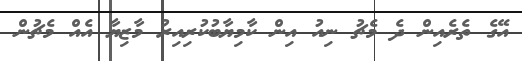
އޭގެ ތެރެއިން ދެ މެޗު ނިއު އިން ކާމިޔާބުކުރިއިރު މާޒިޔާ އެއް މެޗުން